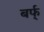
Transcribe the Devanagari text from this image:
बर्फ्